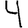
Digit: 4